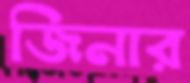
জিনার